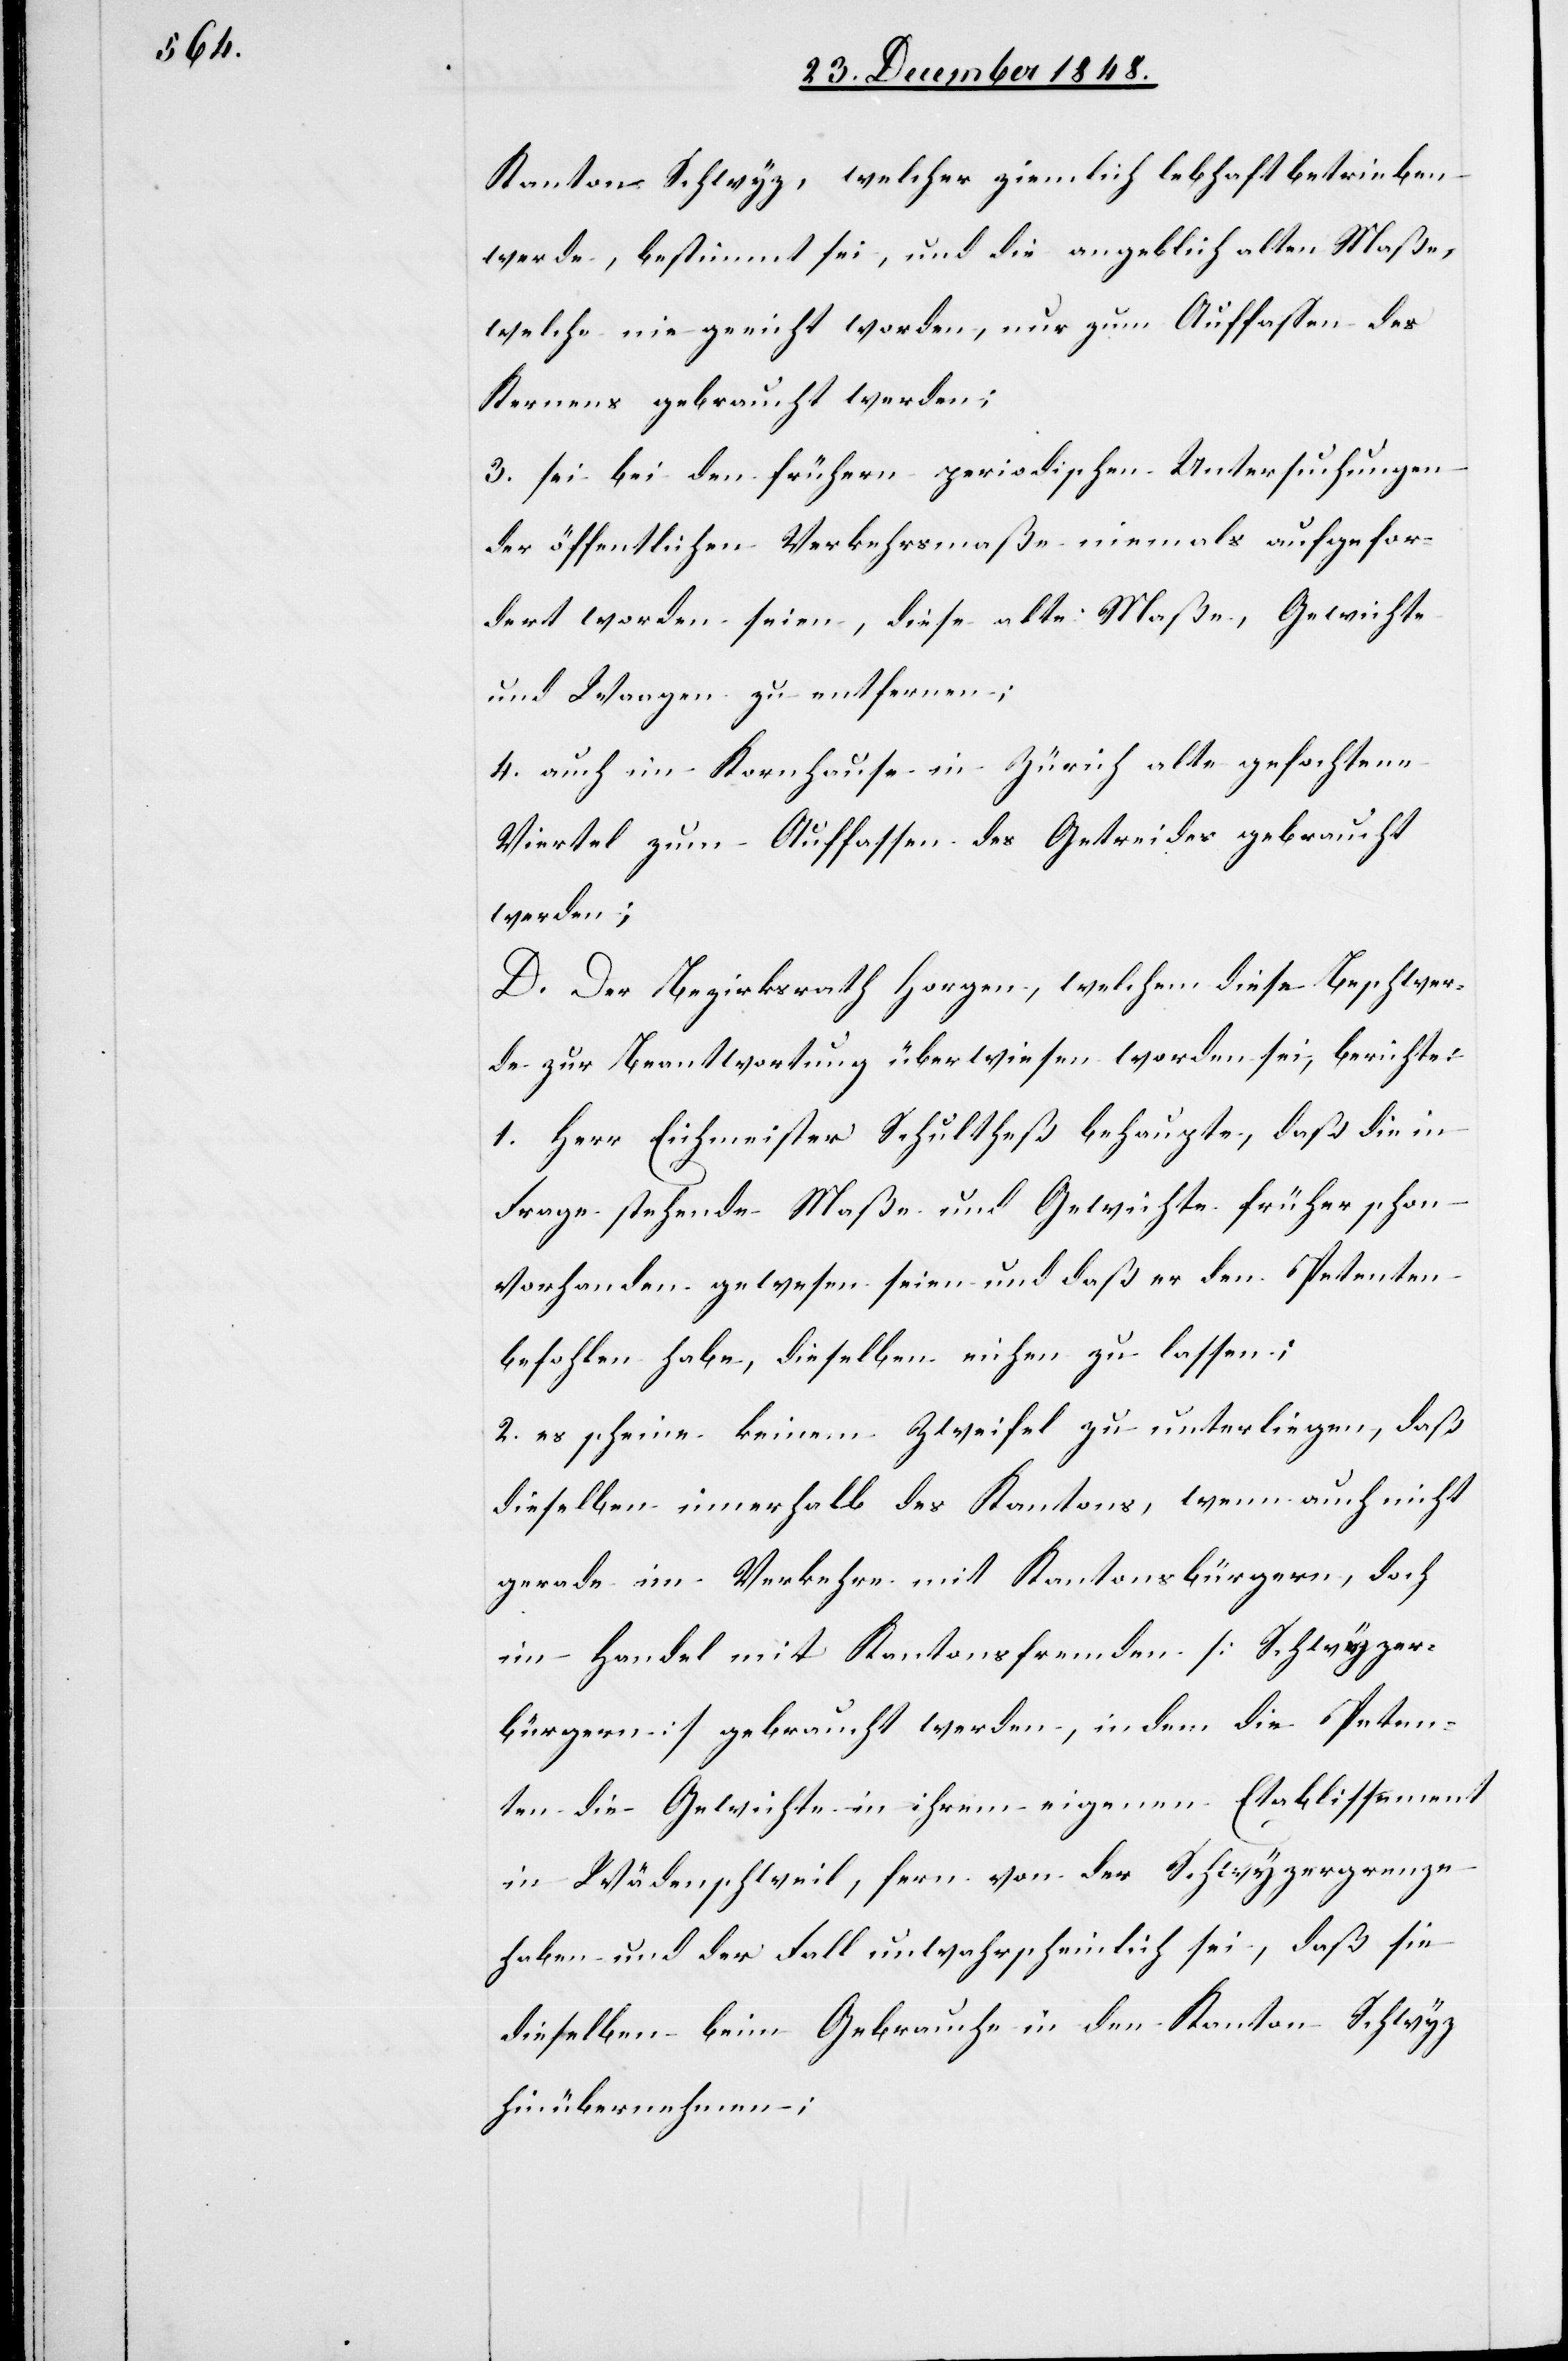
Kanton Schwyz, welcher ziemlich lebhaft betrieben
werde, bestimmt sei, und die angeblich alten Maße,
welche nie geeicht worden, nur zum Auffassen des
Kernens gebraucht werden;
3. sie bei den frühern periodischen Untersuchungen
der öffentlichen Verkehrsmaße niemals aufgefor¬
dert worden seien, diese alte Maße, Gewichte
und Waagen zu entfernen;
4. auch im Kornhause in Zürich alte gefochtene
Viertel zum Auffassen des Getreides gebraucht
werden;
D. Der Bezirksrath Horgen, welchem diese Beschwer¬
de zur Beantwortung überwiesen worden sei, berichte:
1. Herr Eichmeister Schultheß behaupte, daß die in
Frage stehende Maße und Gewichte früher schon
vorhanden gewesen seien und daß er den Petenten
befohlen habe, dieselben eichen zu lassen;
2. es scheine keinem Zweifel zu unterliegen, daß
dieselben innerhalb des Kantons, wenn auch nicht
gerade im Verkehre mit Kantonsbürgern, doch
im Handel mit Kantonsfremden [Schwyzer¬
bürgern] gebraucht werden, indem die Peten¬
ten die Gewichte in ihrem eigenen Etablissement
in Wädenschweil, fern von der Schwyzergrenze
haben und der Fall unwahrscheinlich sei, daß sie
dieselben beim Gebrauche in den Kanton Schwyz
hinübernehmen;